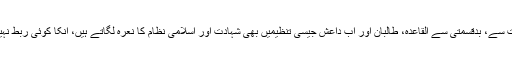
اسلام ٹائمز: کربلا عبارت ہے، جہاد، مجاہدہ، استقامت اور سرخ موت یعنی شہادت سے، بدقسمتی سے القاعدہ، طالبان اور اب داعش جیسی تنظیمیں بھی شہادت اور اسلامی نظام کا نعرہ لگاتے ہیں، انکا کوئی ربط نہیں کربلا سے، لیکن عام آدمی کے لئے انکی حقیقت کو سمجھنے کا معیار کیا ہے۔